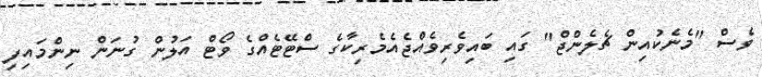
ވެސް "މެނެކުއިން ޗެލެންޖް" ގައި ބައިވެރިވެއްޖެއެމެރިކާގެ ސްޓޭޓެއްގެ ވޯޓް އަލުން ގުނަން ނިންމައިފި